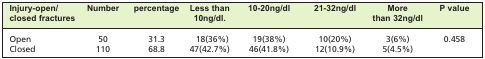
<table><thead><tr><td><b>Injury-open/closed fractures</b></td><td><b>Number</b></td><td><b>percentage</b></td><td><b>Less than 10ng/dl.</b></td><td><b>10-20ng/dl</b></td><td><b>21-32ng/dl</b></td><td><b>More than 32ng/dl</b></td><td><b>P value</b></td></tr></thead><tbody><tr><td>Open</td><td>50</td><td>31.3</td><td>18(36%)</td><td>19(38%)</td><td>10(20%)</td><td>3(6%)</td><td>0.458</td></tr><tr><td>Closed</td><td>110</td><td>68.8</td><td>47(42.7%)</td><td>46(41.8%)</td><td>12(10.9%)</td><td>5(4.5%)</td><td> </td></tr></tbody></table>